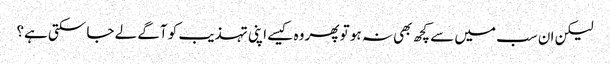
لیکن ان سب میں سے کچھ بھی نہ ہو تو پھر وہ کیسے اپنی تہذیب کو آگے لے جا سکتی ہے؟